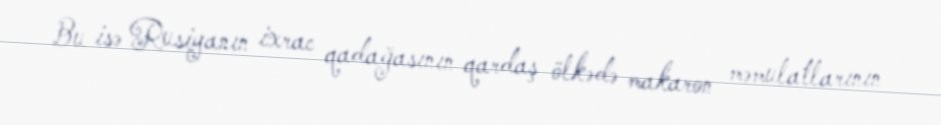
Bu isə Rusiyanın ixrac qadağasının qardaş ölkədə makaron məmulatlarının